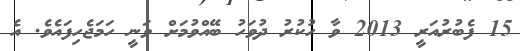
15 ފެބުރުއަރީ 2013 ވާ ހުކުރުު ދުވަހު ބޭއްވުމަށް ވަނީ ހަމަޖެހިފައެވެ. އެ